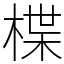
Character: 楪